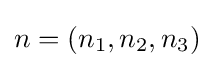
n=(n_{1},n_{2},n_{3})